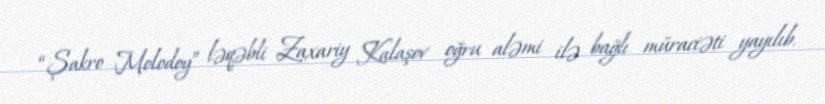
“Şakro Molodoy” ləqəbli Zaxariy Kalaşov oğru aləmi ilə bağlı müraciəti yayılıb.